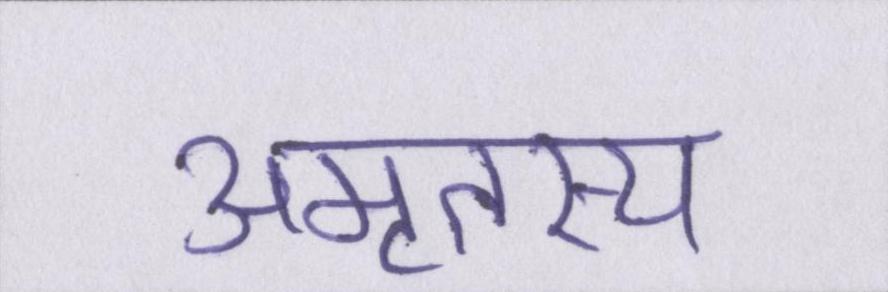
अमृतस्य